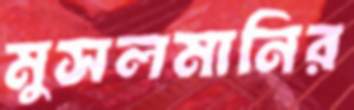
মুসলমানির